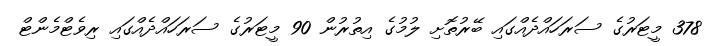
378 މީޓަރުގެ ސަރަހައްދެއްގައި ބޭރުތޮށި ލުމުގެ އިތުރުން 90 މީޓަރުގެ ސަރަހައްދެއްގައި ރިވެޓްމެންޓް